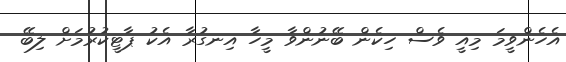
އެހެންވީމަ މިއީ ވެސް ހިކެން ބޭނުންވާ މީހާ އިނގުރާ އެކު ޕާޓީކުރުމަށް ލިބޭ